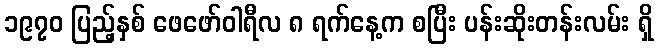
၁၉၇၀ ပြည့်နှစ် ဖေဖော်ဝါရီလ ၈ ရက်နေ့က စပြီး ပန်းဆိုးတန်းလမ်း ရှိ